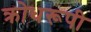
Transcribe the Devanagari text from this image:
क्रोधरूपी